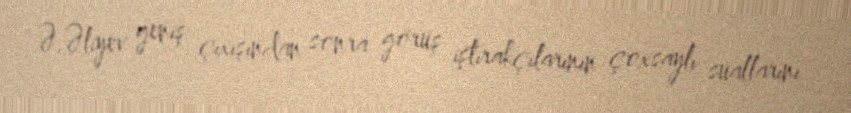
Ə.Əliyev geniş çıxışından sonra görüş iştirakçılarının çoxsaylı suallarını